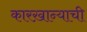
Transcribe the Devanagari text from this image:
कारख़ान्याची